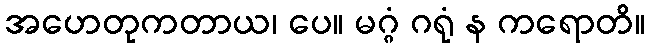
အဟေတုကတာယ၊ ပေ။ မဂ္ဂံ ဂရုံ န ကရောတိ။